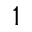
^ 1